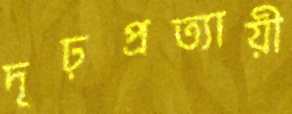
দৃঢ়প্রত্যায়ী